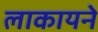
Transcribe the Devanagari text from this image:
लाकायने